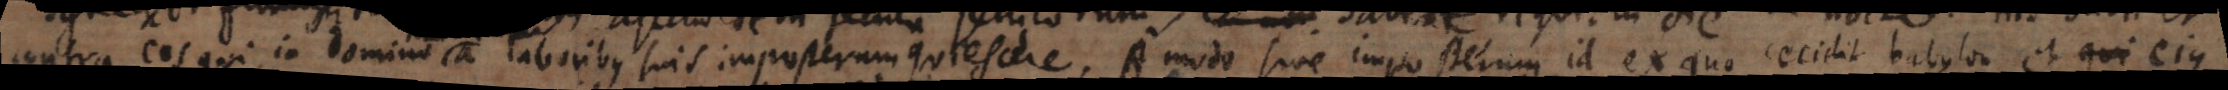
contra eos qui in Domino a laboribus suis imposterum quiescere. Amodo sive imposterum, id ex quo cecidit Babylon et qui ejus